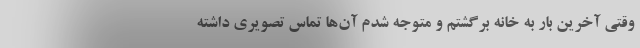
وقتی آخرین بار به خانه برگشتم و متوجه شدم آن‌ها تماس تصویری داشته